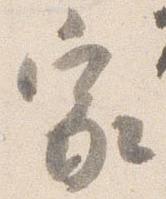
家